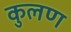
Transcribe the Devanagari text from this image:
कुलण